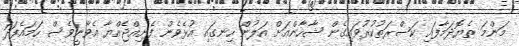
މަންމަ ތެޔޮދަމާފައި ކަސްރަތުކުރުވައިގެން ޝާހާންއަށް އަލުން ހިނގައި އުޅެވެން ފެށިއްޖެއްޔާ އެވާނީވެސް ހަމައެފަދަ